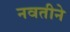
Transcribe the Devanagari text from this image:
नवतीने